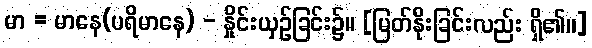
မာ = မာနေ(ပရိမာနေ) - နှိုင်းယှဉ်ခြင်း၌။ [မြတ်နိုးခြင်းလည်း ရှိ၏၊၊]